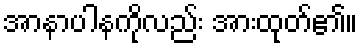
အာနာပါနကိုလည်း အားထုတ်၏။